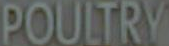
POULTRY